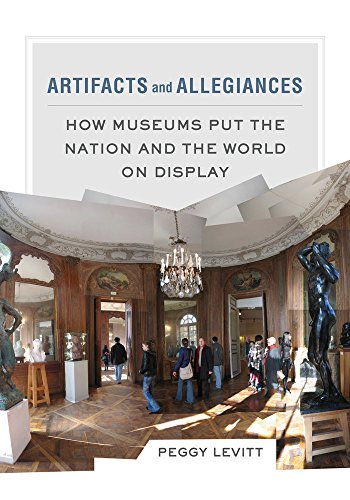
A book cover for Artifacts and Allegiances: How Museums Put the Nation and the World on Display; Peggy Levitt; Politics & Social Sciences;